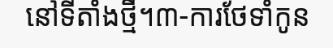
នៅទីតាំងថ្មី។៣-ការថែទាំកូន